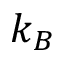
k _ { B }